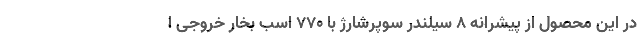
در این محصول از پیشرانه 8 سیلندر سوپرشارژ با 770 اسب بخار خروجی ا